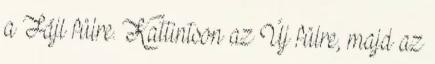
a Fájl fülre. Kattintson az Új fülre, majd az